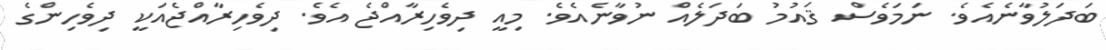
ބަދަލުވާނެއެވެ. ނަމަވެސް ޤައުމު ބަދަލެއް ނުވާނެއެވެ. މިއީ ދިވެހިރާއްޖެ އެވެ. ދިވެހިރާއްޖެއަކީ ދިވެހިންގެ